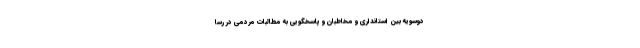
دوسویه بین استانداری و مخاطبان و پاسخگویی به مطالبات مردمی در رسا